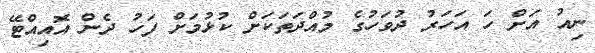
ނިއު އަށް ހަ އަހަރު ދުވަހުގެ މުއްދަތަކަށް ކުޅުމަށް ފަހު ދެން އޮއިއްޓޭ